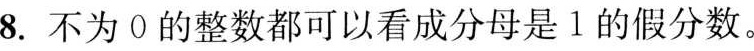
8.不为0的整数都可以看成分母是1的假分数。